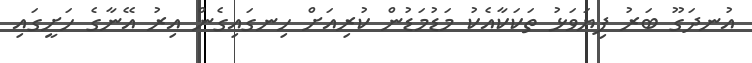
އުނދަގޫ ބަރު ފިޔަވަޅު ތަކަކާއެކު މަޑުމަޑުން ކުރިއަށް ހިނގައިގެން އިރު އޭނާގެ ހަށީގައި